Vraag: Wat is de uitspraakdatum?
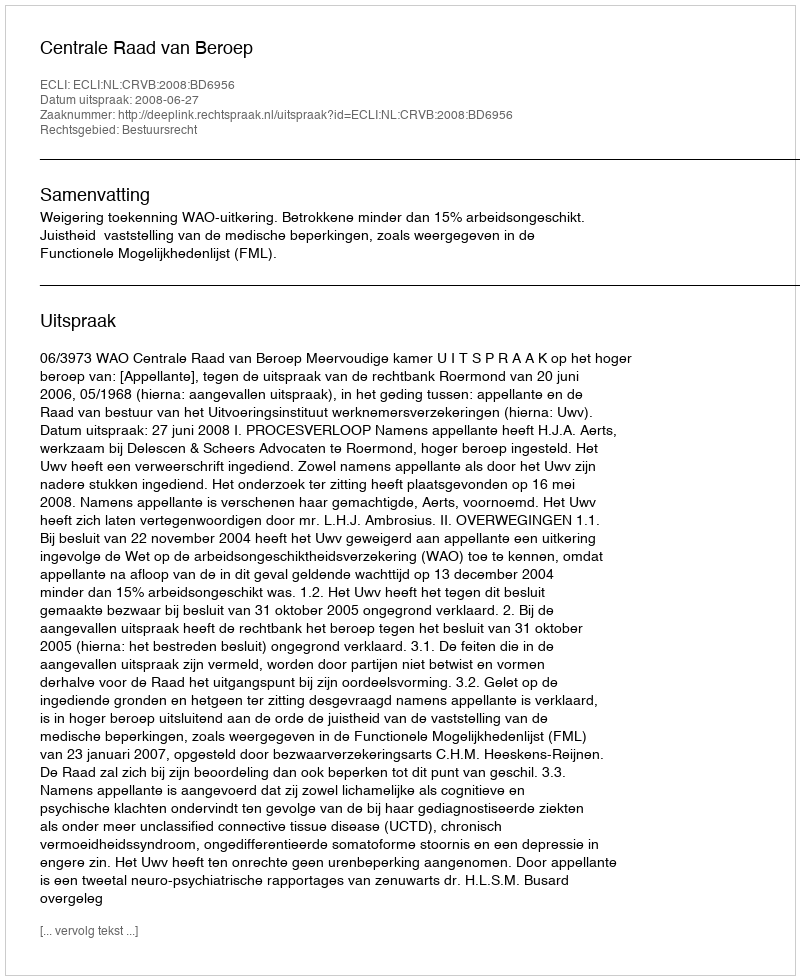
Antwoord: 2008-06-27